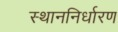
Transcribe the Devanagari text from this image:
स्थाननिर्धारण